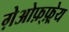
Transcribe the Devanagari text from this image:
ग़ेओफ़्फ़्रेय